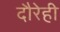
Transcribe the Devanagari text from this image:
दौरेही